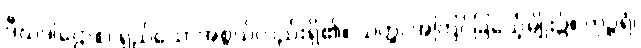
ဒီဃဒါဌောစ၊ ရှည်သောအစွယ်လည်းရှိ၏။ ယတ္ထ၊ အကြင်ခြင်္သေ့မျိုး၌။ ကုဉ္ဇရံ၊